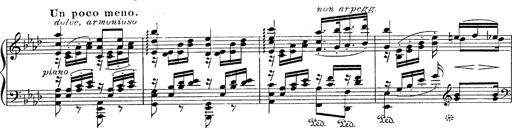
Title: Fantasie Ã¼ber Themen aus Mozarts Figaro und Don Giovanni
Composer: Franz Liszt